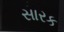
સારક